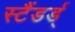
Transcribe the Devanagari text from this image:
स्टैंडर्ड्